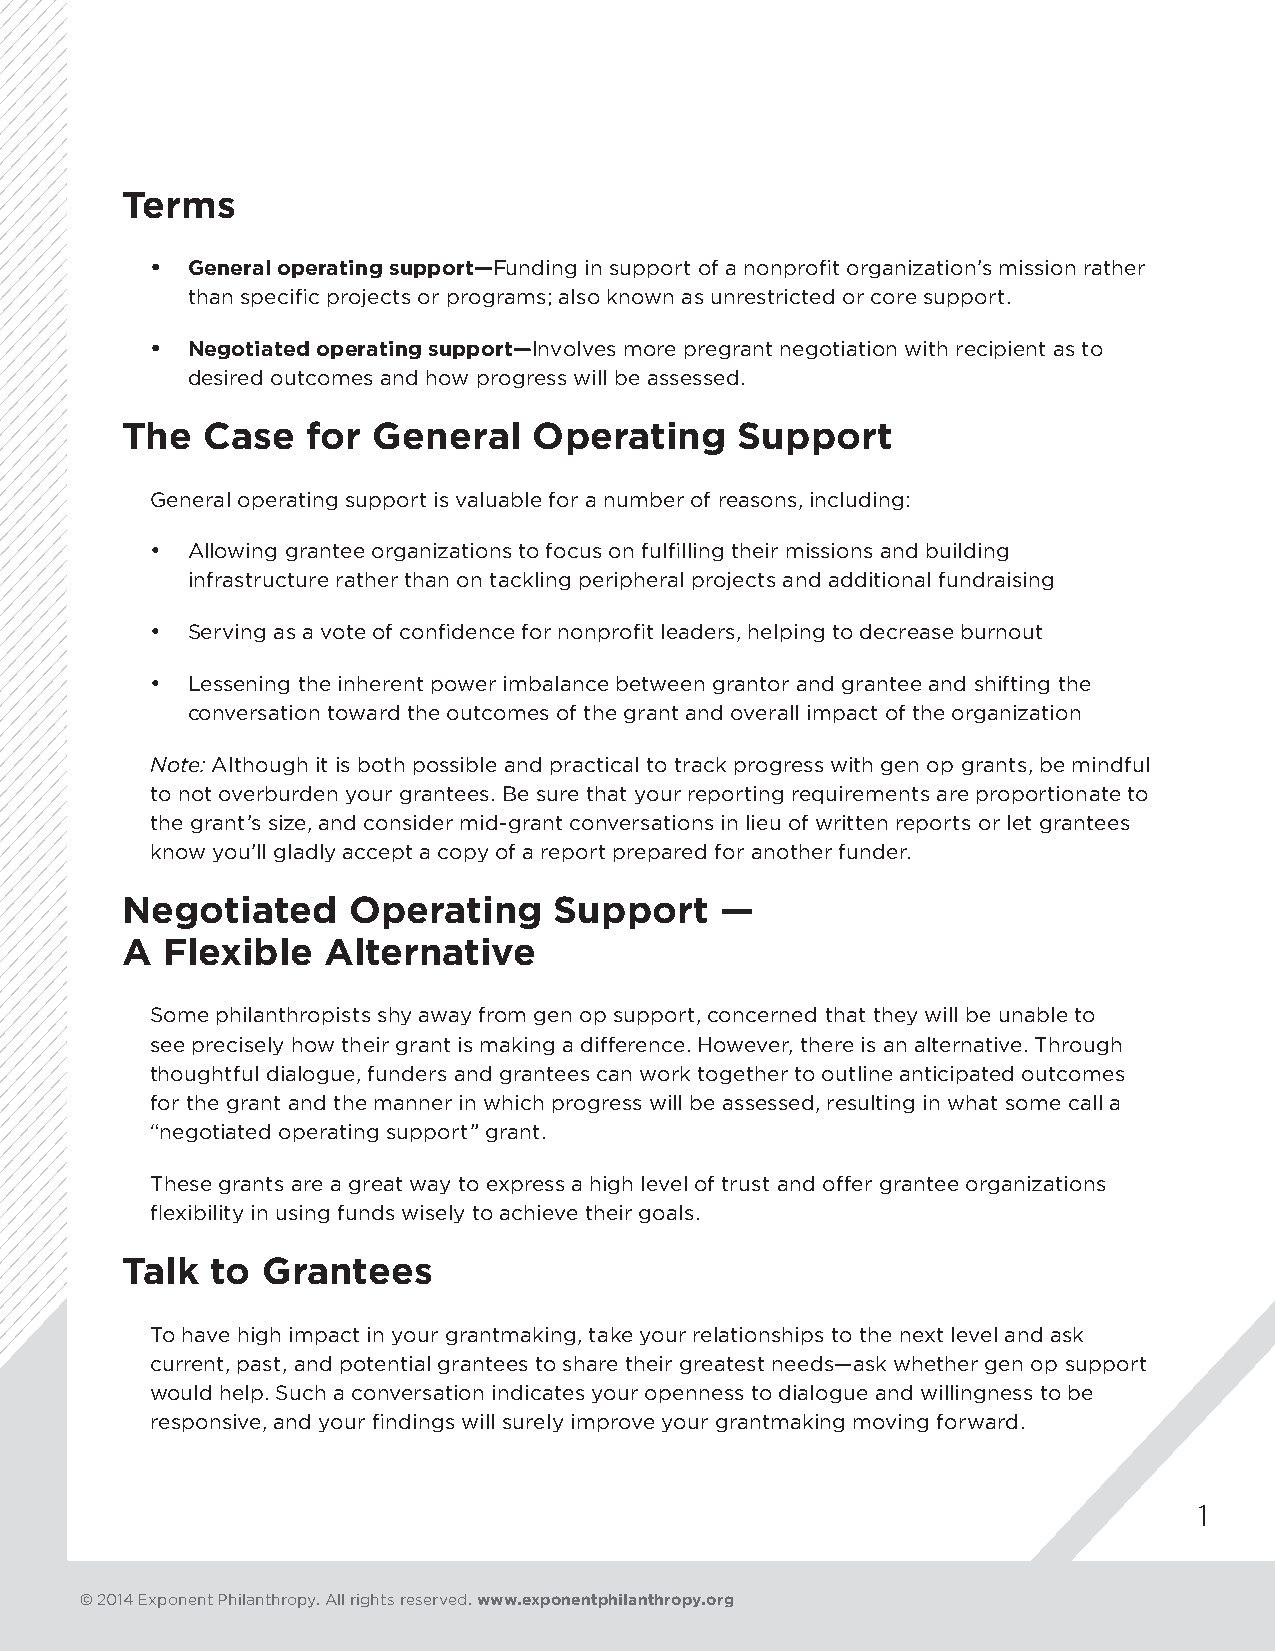
Terms
 • General operating support—Funding in support of a nonprofit organization’s mission rather
 than specific projects or programs; also known as unrestricted or core support.
 • Negotiated operating support—Involves more pregrant negotiation with recipient as to
 desired outcomes and how progress will be assessed.
 The  Case   for  General   Operating     Support
 General operating support is valuable for a number of reasons, including:
 • Allowing grantee organizations to focus on fulfilling their missions and building
 infrastructure rather than on tackling peripheral projects and additional fundraising
 • Serving as a vote of confidence for nonprofit leaders, helping to decrease burnout
 • Lessening the inherent power imbalance between grantor and grantee and shifting the
 conversation toward the outcomes of the grant and overall impact of the organization
 Note: Although it is both possible and practical to track progress with gen op grants, be mindful
 to not overburden your grantees. Be sure that your reporting requirements are proportionate to
 the grant’s size, and consider mid-grant conversations in lieu of written reports or let grantees
 know you’ll gladly accept a copy of a report prepared for another funder.
 Negotiated     Operating     Support    —
 A  Flexible  Alternative
 Some philanthropists shy away from gen op support, concerned that they will be unable to
 see precisely how their grant is making a difference. However, there is an alternative. Through
 thoughtful dialogue, funders and grantees can work together to outline anticipated outcomes
 for the grant and the manner in which progress will be assessed, resulting in what some call a
 “negotiated operating support” grant.
 These grants are a great way to express a high level of trust and offer grantee organizations
 flexibility in using funds wisely to achieve their goals.
 Talk  to Grantees
 To have high impact in your grantmaking, take your relationships to the next level and ask
 current, past, and potential grantees to share their greatest needs—ask whether gen op support
 would help. Such a conversation indicates your openness to dialogue and willingness to be
 responsive, and your findings will surely improve your grantmaking moving forward.
 1
 © 2014 Exponent Philanthropy. All rights reserved. www.exponentphilanthropy.org